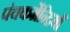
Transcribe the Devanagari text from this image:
पंचकर्मेन्द्रियाँ